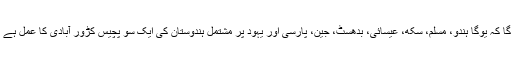
یہ اس طور پرمنایا جائے گا کہ یوگا ہندو، مسلم، سکھ، عیسائی، بدھسٹ، جین، پارسی اور یہود پر مشتمل ہندوستان کی ایک سو پچیس کڑور آبادی کا عمل ہے اور اس ملک کا کلچر ہے۔